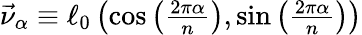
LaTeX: \begin{array}{r}{\vec{\nu}_{\alpha}\equiv\ell_{0}\left(\cos\left(\frac{2\pi\alpha}{n}\right),\sin\left(\frac{2\pi\alpha}{n}\right)\right)}\end{array}